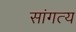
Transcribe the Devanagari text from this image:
सांगत्य